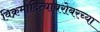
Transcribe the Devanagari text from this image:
विक्रमादित्याबरोबरच्या